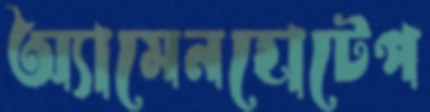
অ্যামেনহোটেপ